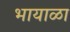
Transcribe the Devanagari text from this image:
भायाळा